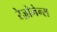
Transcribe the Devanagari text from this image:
रेज़ोनेन्स